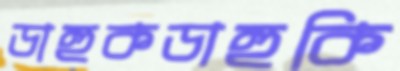
ডাহুকডাহুকি